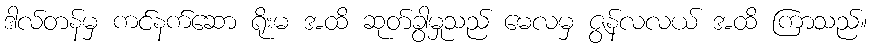
ဒါလ်တန်မှ ကင်နက်ဆော ရိုးမ အထိ ဆုတ်ခွာမှုသည် မေလမှ ဇွန်လလယ် အထိ ကြာသည်။